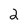
Character: 2